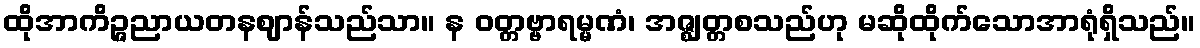
ထိုအာကိဉ္ဇညာယတနဈာန်သည်သာ။ န ဝတ္တဗ္ဗာရမ္မဏံ၊ အဇ္ဈတ္တစသည်ဟု မဆိုထိုက်သောအာရုံရှိသည်။